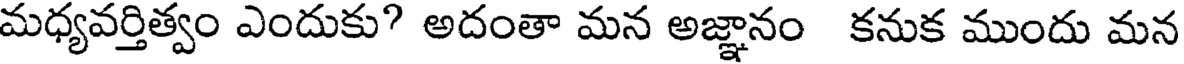
మధ్యవర్తిత్వం ఎందుకు? అదంతా మన అజ్ఞానం కనుక ముందు మన